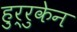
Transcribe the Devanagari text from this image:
हुर्रुकेन